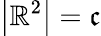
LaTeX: \left\vert\mathbb{R}^{2}\right\vert={\mathfrak{c}}